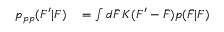
\begin{array} { r l } { p _ { p p } ( F ^ { \prime } | F ) } & { { } = \int d \bar { F } \, K ( F ^ { \prime } - \bar { F } ) p ( \bar { F } | F ) } \end{array}